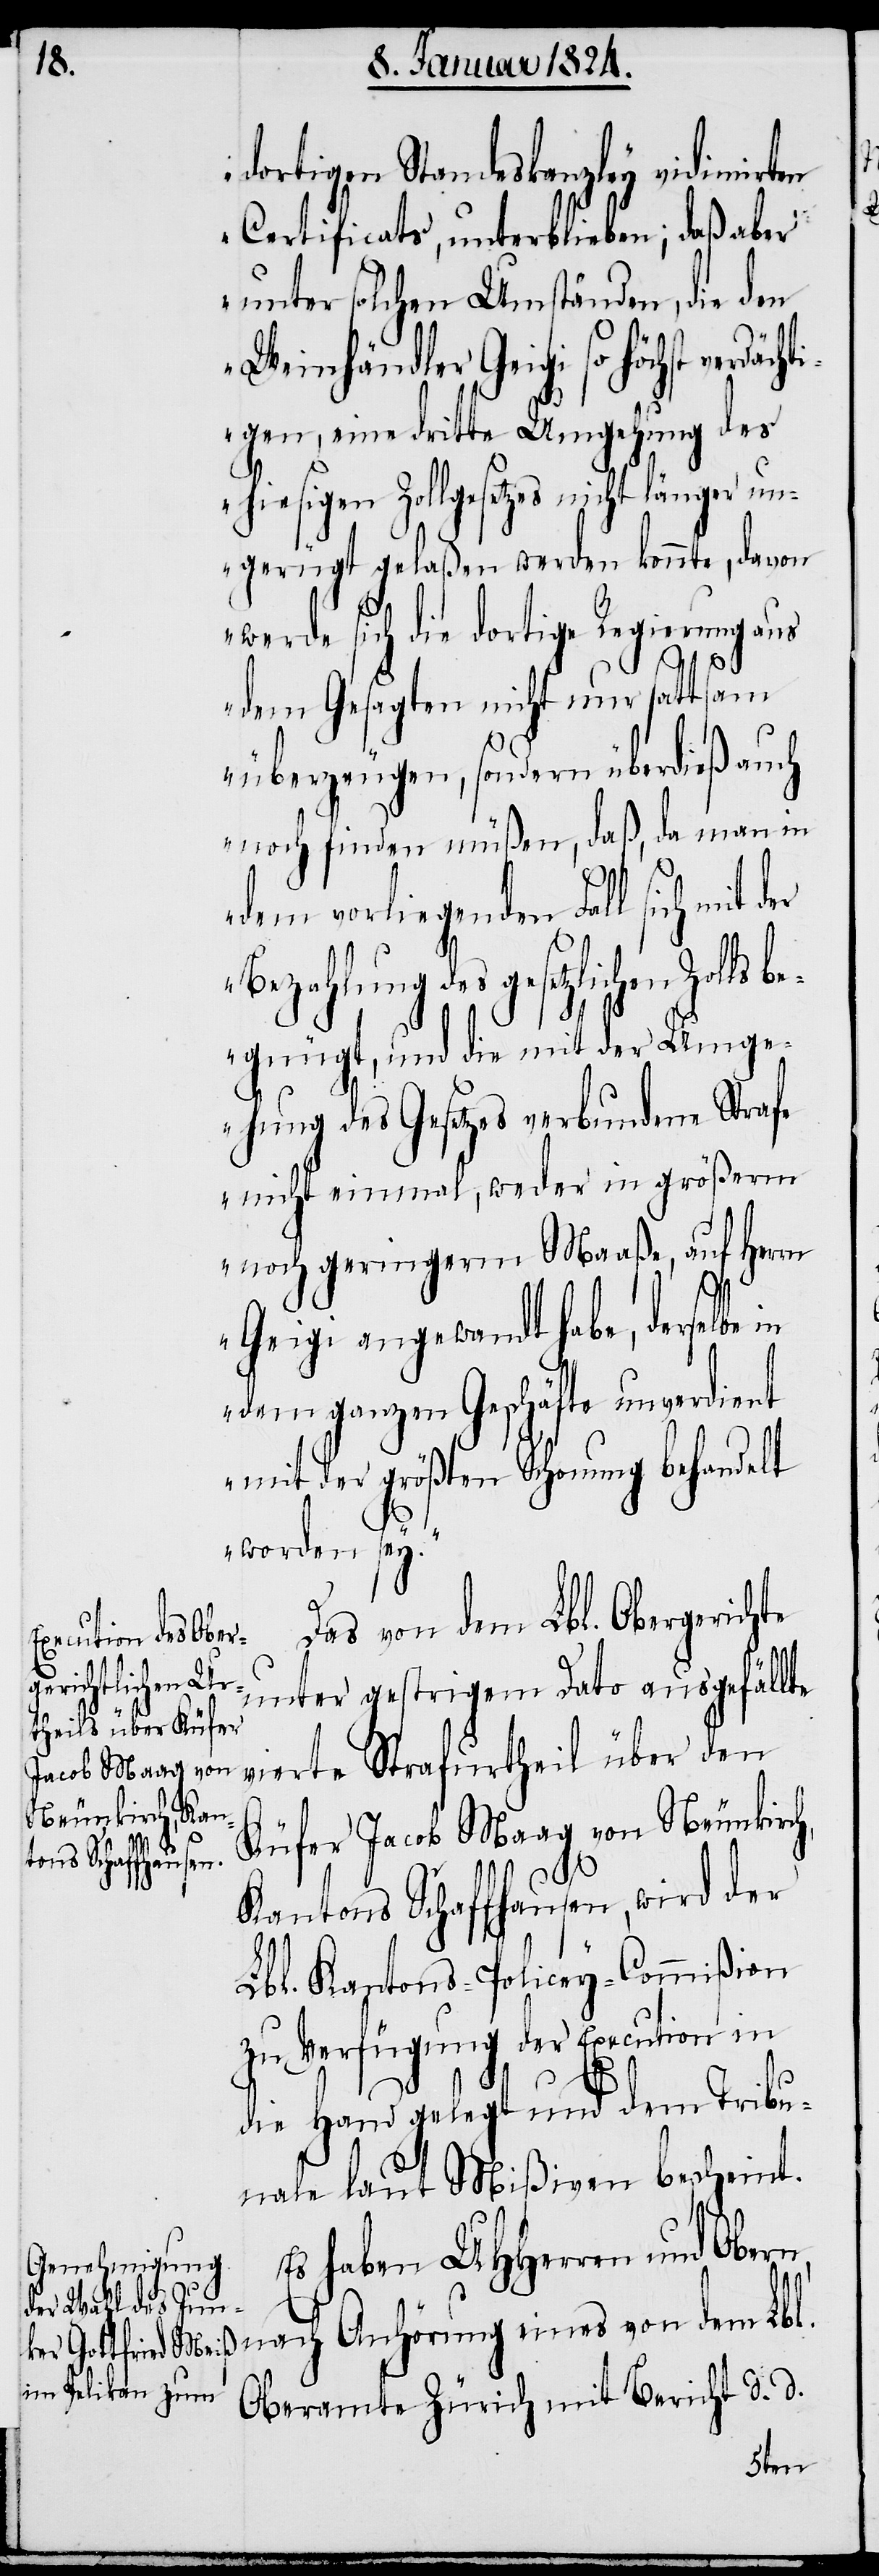
dortigen Standeskanzley vidimirten
Certificats, unterblieben; daß aber
unter solchen Umständen, die den
Weinhändler Geigi so höchst verdä¬
igen, eine dritte Umgehung des
hiesigen Zollgesetzes nicht länger un¬
gerügt gelaßen werden konnte, davon
werde sich die dortige Regierung aus
er
cht¬
dem Gesagten nicht nur sattsam
überzeugen, sondern überdieß auch
noch finden müßen, daß, da man in
dem vorliegenden Fall sich mit d¬
Bezahlung des gesetzlichen Zolls
begnügt, und die mit der Umge¬
h,
hung des Gesetzes verbundene Straf¬
e einmal, weder in größerm
noch geringerm Maaße, auf Herrn
Geigi angewandt habe, derselbe
dem ganzen Geschäfte unverdient
mit der größten Schonung behandelt
worden sey.
Das von dem Lbl. Obergerichte
unter gestrigem Dato ausgefällte
vierte Strafurtheil über den
Küfer Jacob Maag von Neunkirc¬
Kantons Schaffhausen, wird der
Lbl. Kantons-Policey-Commißion
zu Verfügung der Execution in
die Hand gelegt und dem Tribu¬
nale laut Mißiven bescheint.
Es haben UHHerren und Obern,
nach Anhörung eines von dem Lbl.
Oberamte Zürich mit Bericht d. d.